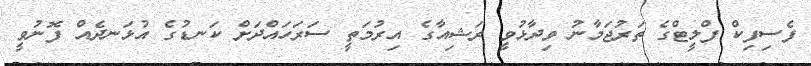
ފެސިފިކް ފްލީޓްގެ ތަރުޖަމާނު ވިދާޅުވީ ރަޝިއާގެ އިރުމަތީ ސަރަހައްދަށް ކަނޑުގެ އުޅަނދެއް ފޮނުވީ